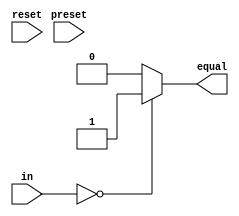
module lockcomp #(
    parameter size = 16,
    parameter password = 16'b0
) (
    input reset, preset,
    input [size-1:0] in,
    output reg equal
);

reg [size-1:0] stored_number = password;


always @(in or stored_number) begin
    if (in == stored_number) equal = 1;
    else equal = 0;
end

always @(posedge preset) stored_number = in;
always @(posedge reset) stored_number = password;    
endmodule